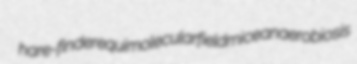
hare-finder equimolecular fieldmice anaerobiosis